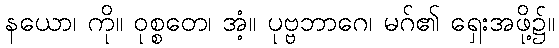
နယော၊ ကို။ ဝုစ္စတေ၊ အံ့။ ပုဗ္ဗဘာဂေ၊ မဂ်၏ ရှေးအဖို့၌။